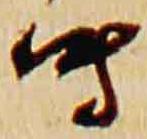
時